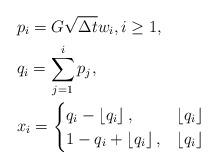
LaTeX: \begin{align*} &p_i = G \sqrt{\Delta t} w_i , i \geq 1 , \\ &q_i = \sum_{j=1}^i p_j , \\ &x_i = \begin{cases} q_i - \left\lfloor q_i \right\rfloor , & \left\lfloor q_i \right\rfloor \\ 1 - q_i + \left\lfloor q_i \right\rfloor , & \left\lfloor q_i \right\rfloor \end{cases} \end{align*}